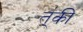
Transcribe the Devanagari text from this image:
त्॑की